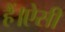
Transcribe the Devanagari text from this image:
हैं।ऐसी